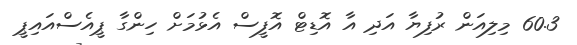
60.3 މިލިއަން ރުފިޔާ އަދި އާ އޮޑިޓް އޮފީސް އެޅުމަށް ހިންގާ ޕީއެސްއައިޕީ